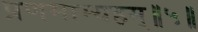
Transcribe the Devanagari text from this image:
प्रणमाम्यहम्॥५॥